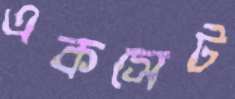
একসেট